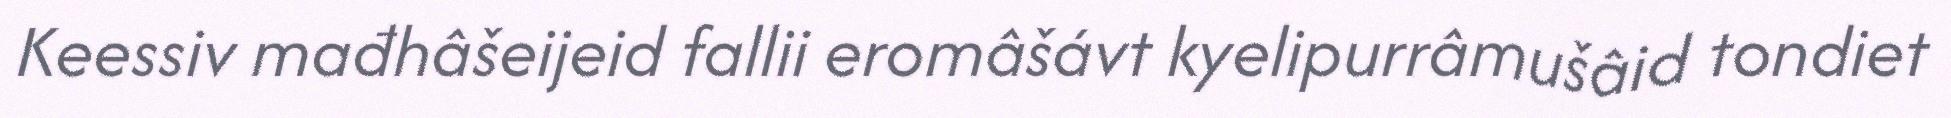
Keessiv mađhâšeijeid fallii eromâšávt kyelipurrâmušâid tondiet